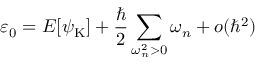
\varepsilon _ { 0 } = E [ { \psi } _ { \mathrm { K } } ] + \frac { \hbar } { 2 } \sum _ { \omega _ { n } ^ { 2 } > 0 } \omega _ { n } + o ( \hbar ^ { 2 } )